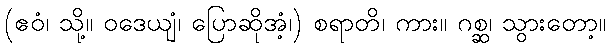
(ဧဝံ၊ သို့။ ဝဒေယျံ၊ ပြောဆိုအံ့၊) စရာတိ၊ ကား။ ဂစ္ဆ၊ သွားတော့။